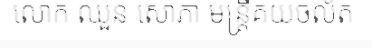
លោក ឈួន សោភា មន្ត្រីគយចល័ត